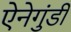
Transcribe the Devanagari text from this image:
ऐनेगुंडी